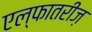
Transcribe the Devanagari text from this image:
एल्फातरीज़